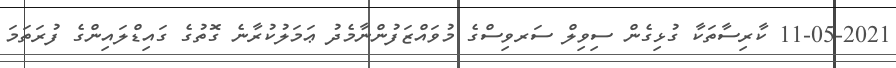
11-05-2021 ކާރިސާތަކާ ގުޅިގެން ސިވިލް ސަރވިސްގެ މުވައްޒަފުންނާމެދު ޢަމަލުކުރާނެ ގޮތުގެ ގައިޑްލައިންގެ ފުރަތަމަ